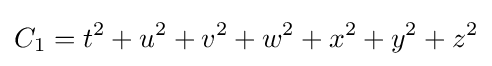
C_{1}=t^{2}+u^{2}+v^{2}+w^{2}+x^{2}+y^{2}+z^{2}